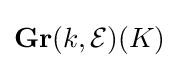
\mathbf {Gr} (k,{\mathcal {E}})(K)